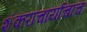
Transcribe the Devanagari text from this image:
शंकराचार्याचाच